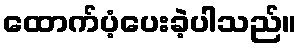
ထောက်ပံ့ပေးခဲ့ပါသည်။